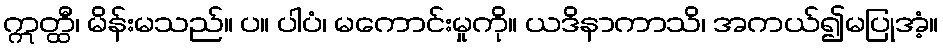
ဣတ္ထီ၊ မိန်းမသည်။ ပ။ ပါပံ၊ မကောင်းမှုကို။ ယဒိနာကာသိ၊ အကယ်၍မပြုအံ့။